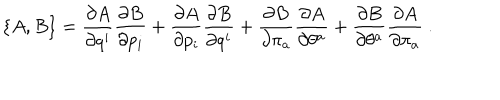
\left\{ A , B \right\} = \frac { \partial A } { \partial q ^ { i } } \frac { \partial B } { \partial p _ { i } } + \frac { \partial A } { \partial p _ { i } } \frac { \partial B } { \partial q ^ { i } } + \frac { \partial B } { \partial \pi _ { a } } \frac { \partial A } { \partial \theta ^ { a } } + \frac { \partial B } { \partial \theta ^ { a } } \frac { \partial A } { \partial \pi _ { a } } \ .